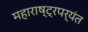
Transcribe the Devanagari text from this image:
महाराष्ट्रपर्यंत